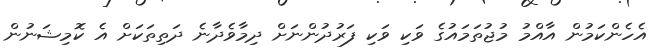
އެހެންކަމުން އާއްމު މުޖުތަމައުގެ ވަކި ވަކި ފަރުދުންނަށް ދިމާވެދާނެ ދަތިތަކަށް އެ ކޮމިޝަނުން